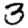
Digit: 3